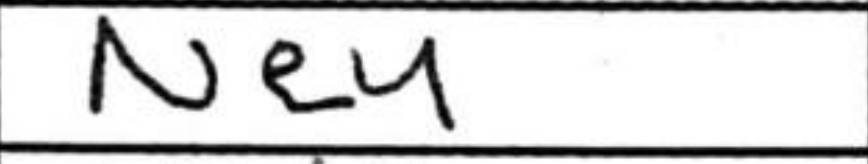
Transcription: Ne4